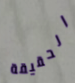
الحقيقة